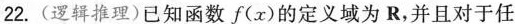
22.(逻辑推理)已知函数f(x)的定义域为R，并且对于任